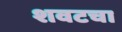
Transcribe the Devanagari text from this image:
शवटचा